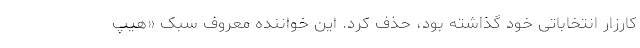
کارزار انتخاباتی خود گذاشته بود، حذف کرد. این خواننده معروف سبک «هیپ